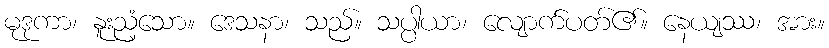
မုဒုကာ၊ နူးညံ့သော။ ဒေသနာ၊ သည်။ သပ္ပါယာ၊ လျောက်ပတ်၏။ နေယျဿ၊ အား။